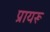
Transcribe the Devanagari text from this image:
प्रायरू